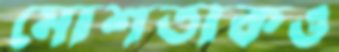
মোশতাকও